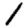
Digit: 1